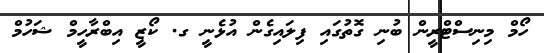
ހޯމް މިނިސްޓްރީން ބުނި ގޮތުގައި ފިލައިގެން އުޅެނީ ގ. ކޯޒީ އިބްރާހީމް ޝަހުމް